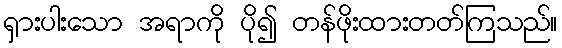
ရှားပါးသော အရာကို ပို၍ တန်ဖိုးထားတတ်ကြသည်။